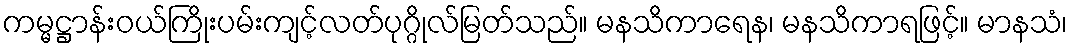
ကမ္မဋ္ဌာန်းဝယ်ကြိုးပမ်းကျင့်လတ်ပုဂ္ဂိုလ်မြတ်သည်။ မနသိကာရေန၊ မနသိကာရဖြင့်။ မာနသံ၊